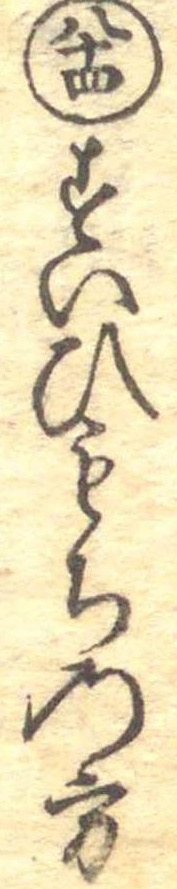
八十四すいひもちの方